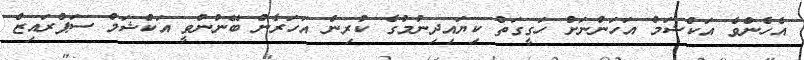
އެހެންވެ އަކްޝަމް އަހަންނަށް ހަގީގަތް ކިޔައިދިނުމުގެ ކުރިން އަހަރެން ބޭނުންވީ އަކްޝަމް ސަޕްރައިޒް